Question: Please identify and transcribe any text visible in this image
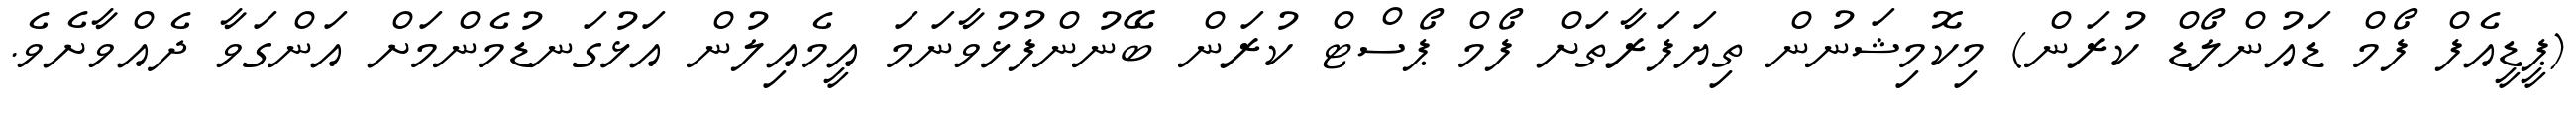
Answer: (ޕީޑީއެފް ފޯމް ޑައުންލޯޑް ކުރަން) މިކޮމިޝަނުން ތިޔަފަރާތަށް ފޯމް ޕޯސްޓް ކުރަން ބޭނުންފުޅުވާނަމަ އީމެއިލުން އަޅުގަނޑުމެންމަށް އަންގަވާ ދެއްވާށެވެ.